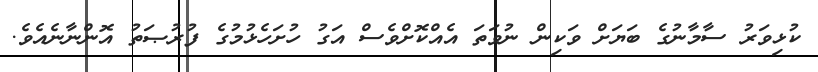
ކުޅިވަރު ސާމާނުގެ ބަޔަށް ވަކިން ނުވަތަ އެއްކޮށްވެސް އަގު ހުށަހެޅުމުގެ ފުރުޞަތު އޮންނާނެއެވެ.